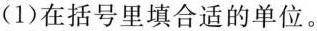
(1)在括号里填合适的单位。